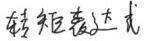
转朱阁，低绮户，照无眠。